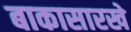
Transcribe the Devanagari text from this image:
बाकासारखे